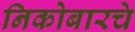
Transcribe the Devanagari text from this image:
निकोबारचे